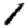
Digit: 1